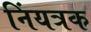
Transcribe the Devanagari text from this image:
निंयत्रक